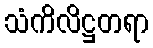
သံကိလိဋ္ဌတရာ